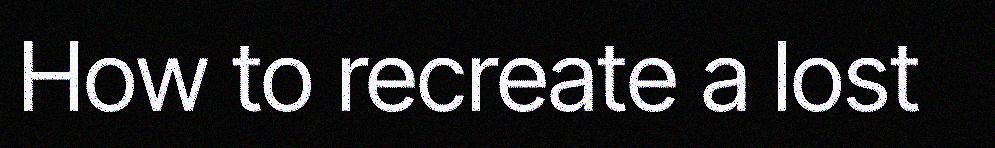
How to recreate a lost